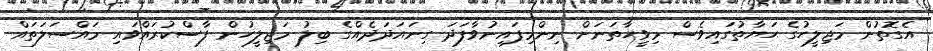
އެގޮތުން މަޖިލީހުގެ ޙަޔާތުގައިވެސް މިވީހާތަނަށް ނިންމިފައިނުވާފަދަ ގިނައަދަދެއްގެ ބިލު މަޖިލީހުން ފާސްކުރައްވައި މަައްސަލަތައް